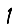
Digit: 1